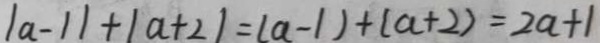
\vert a - 1 \vert + \vert a + 2 \vert = ( a - 1 ) + ( a + 2 ) = 2 a + 1